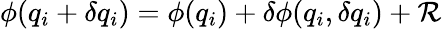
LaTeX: \phi(q_{i}+\delta q_{i})=\phi(q_{i})+\delta\phi(q_{i},\delta q_{i})+\mathcal{R}